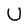
Character: U